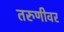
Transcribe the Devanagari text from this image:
तरुणीवर